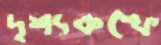
দৃশ্যকল্পে